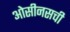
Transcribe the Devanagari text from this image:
ओसीनसची